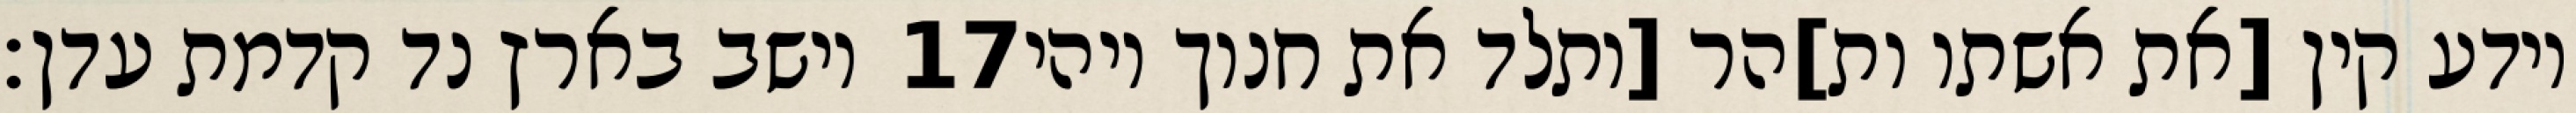
וישב בארץ נד קדמת עדן׃ ‎17‏ וידע קין [את אשתו ות]הר [ותלד את חנוך ויהי